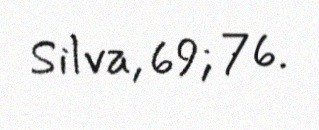
Silva, 69; 76.